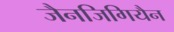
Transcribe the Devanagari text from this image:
जैनजिगियैन